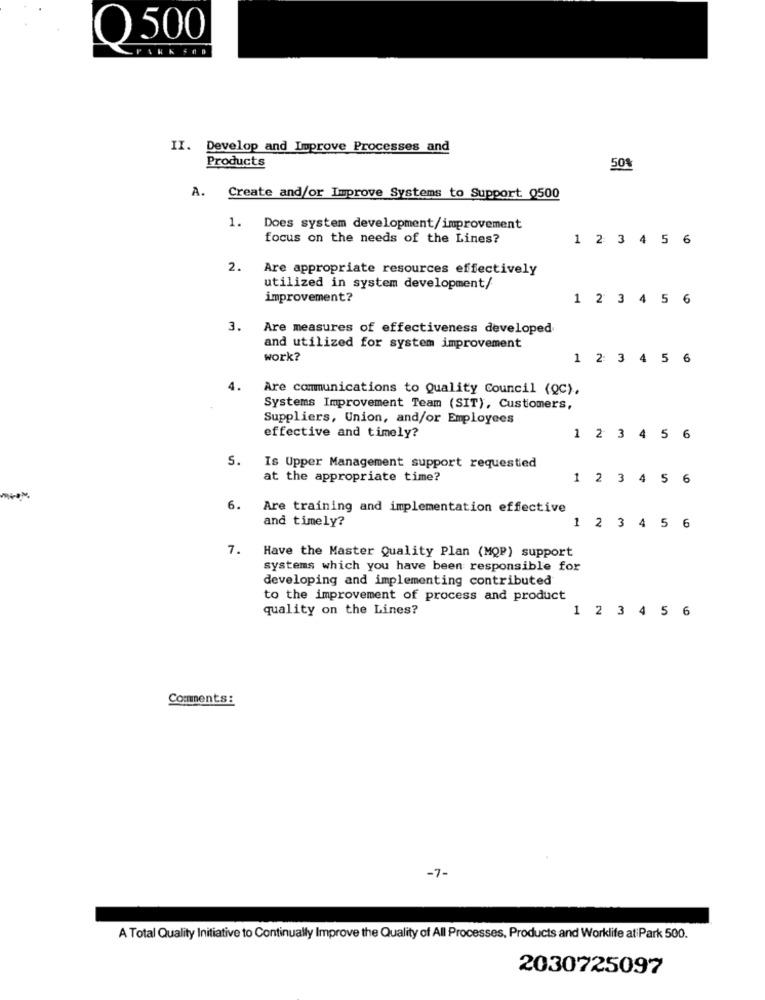
Q 500
II. Develop and Improve Processes and
Products
501
A.
Create and/or Improve Systems to Support 0500
1. Does system development/improvement
focus on the needs of the Lines?
1 2 3 4 5 6
2.
Are appropriate resources effectively
utilized in system development/
improvement?
1 2 3 4 5 6
3.
Are measures of effectiveness developed
and utilized for system improvement
work?
1 2 3 4 5 6
4.
Are communications to Quality Council (QC),
Systems Improvement Team (SIT), Customers,
Suppliers, Union, and/or Employees
effective and timely?
1 2 3 4 5 6
S.
Is Upper Management support requested
at the appropriate time?
1 2 3 4 5 6
6.
Are training and implementation effective
and timely?
1 2 3 4 5 6
7.
Have the Master Quality Plan (MQP) support
systems which you have been responsible for
developing and implementing contributed
to the improvement of process and product
quality on the Lines?
1 2 3 4 5 6
Comments:
-7-
A Total Quality Initiative to Continually Improve the Quality of All Processes, Products and Worklife atiPark 500.
2030725097